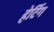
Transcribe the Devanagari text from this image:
हेर्टिग